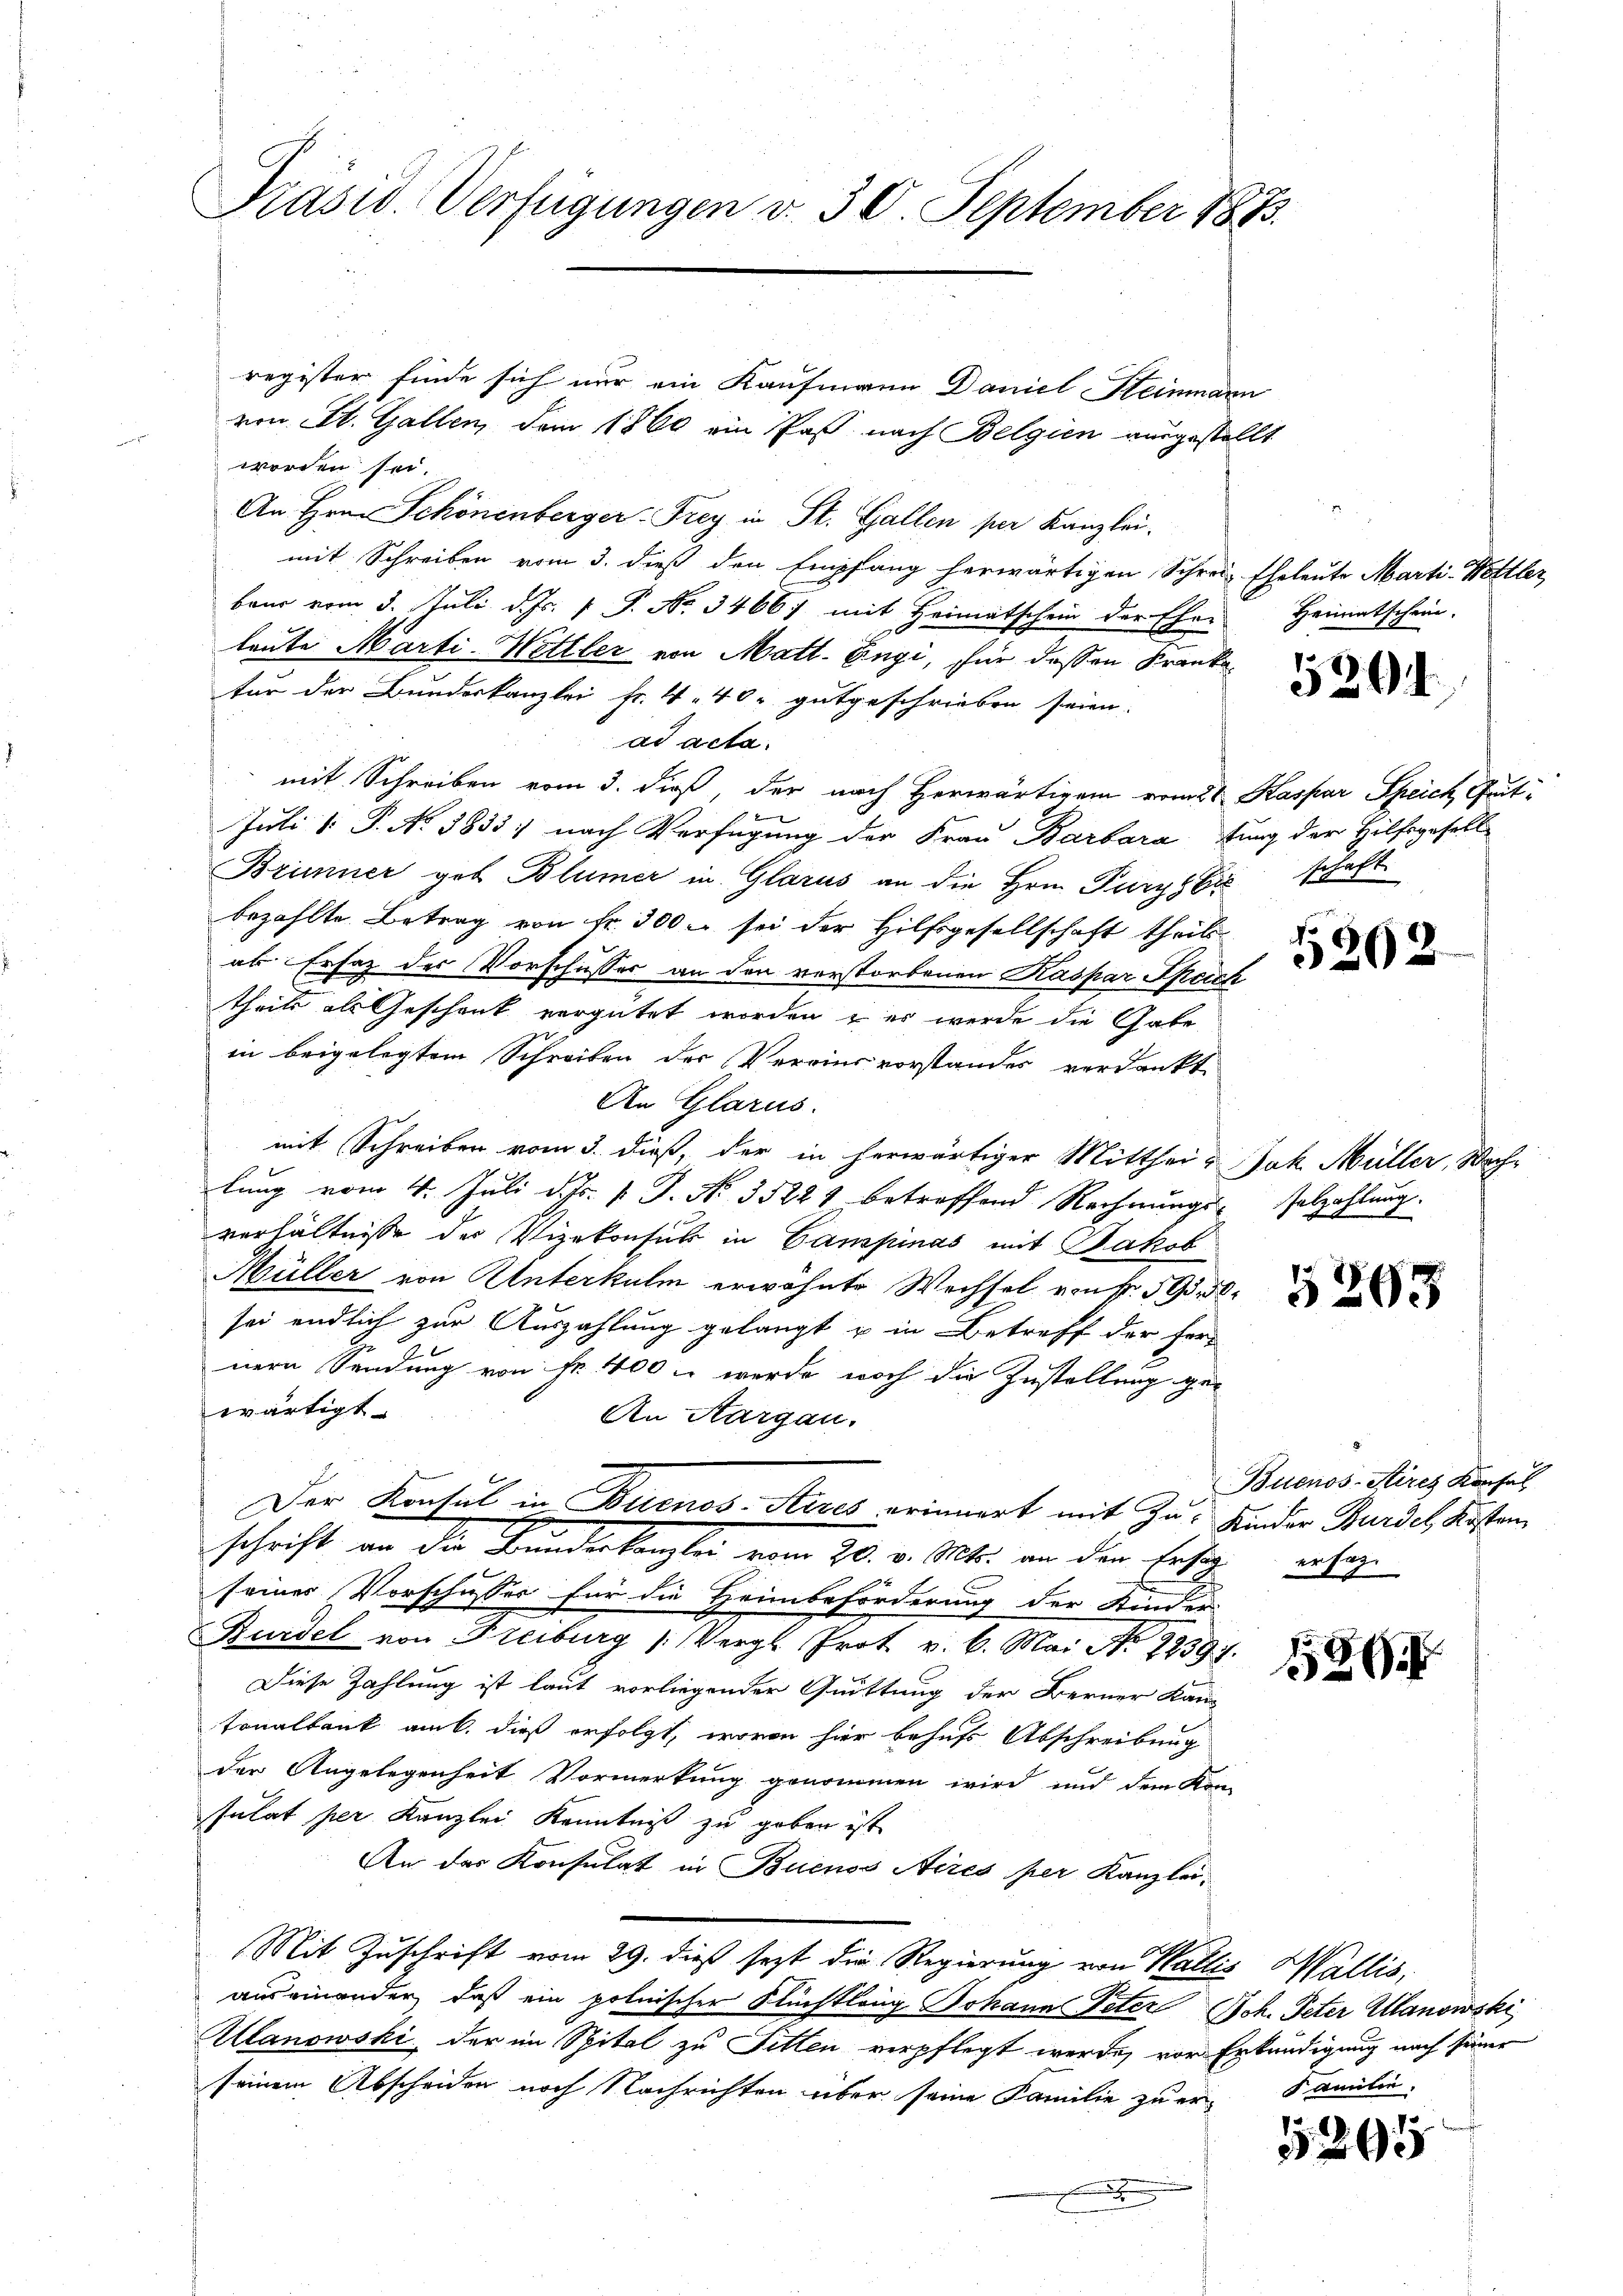
Prasw. Verfügungen v. 30. September 1873.

register finde sich nur ein Kaufmann Daniel Steinmann
von St. Gallen, dem 1860 ein Paß nach Belgien ausgestellt
worden sei.
An Hrn. Schönenberger Frey in St. Gallen per Kanzlei.
mit Schreiben vom 3. dieß den Empfang herwärtigen Schrei Eheleute Marti-Hettler
baur vom 3. Juli d. Js. 1 P. No. 3466 mit Heimatschein der Eher Heimatschein.
leute Marti- Wettler von Matt. Engi, für dessen Kranke
für der Bundeskanzlei Fr. 440. gutgeschrieben seien.
ad acta.
mit Schreiben vom 3. dieß, der nach Herwärtigem vom 21 Kaspar Speich Gut¬
Juli v. P. N. 3833; nach Verfügung der Frau Barbara hung der Hilfsgesell
Briner geb. Blümer in Glarus an die Hrn. Purgs bis schaft
bezahlte Betrag von Fr. 300 r. sei der Hilfsgesellschaft theils-
al Ersatz des Vorschusser an den verstorbenen Kaspar Speich
theils als Geschenk vergütet worden, es werde die Gabe
in beigelegtem Schreiben der Vereinsvorstandes verdankt,
An Glarus.
mit Schreiben vom 3. dieß, der in herwärtiger Mitthei- Jak. Müller, Wachlung vom 4. Juli d. Js. v. J. N. 35221 betreffend Rechnungs-Selzahlung.
verhältnisse der Vizekonsul in Campinas mit Jakob
Müller von Unterkulm erwähnte Wechsel von fr. 19
sei endlich zur Auszahlung gelangt u in Betreff der fernern Sendung von Fr. 400 - werde noch die Zustellung gewärtigt.
An Aargau.
Der Konsul in Buenos-Ayres erinnert mit Zu- Kinder Bundel, Kosten
schrift an die Bunderlangte vom 30. v. Mts. an der Erleg
seines Vorschusses für die Heimbeförderung der Kinder
Burdel von Freiburg (Vergl. Prot. v. 6. Mai No 1239.
Diese Zahlung ist laut vorliegender Quittung der Berner Kantonalbank am k. dieß erfolgt, wovon hier behufs Abschreibung
der Angelegenheit Vormerkung genommen wird und dem Kon-
sulat per Kanzlei Kenntniß zu geben ist,
An der Konsulat in Buenos Aires per Kanzlei-
Mit Zuschrift vom 29. dieß sezt die Regierung von Wallis Wallis,
auseinander, daß ein polnischer Flüchtlang Johann Peter Joh. Peter Manowski
Manowski, der im Spital zu Sitten verpflegt werde, vor Erkundigung nach seiner
seinem Abscheiden noch Nachrichten über seine Familie zu erx

5394

.
5202

2

Buenos-Kirch Konsul
ert

e

1580

annten,

52

6